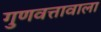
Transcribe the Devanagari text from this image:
गुणवत्तावाला